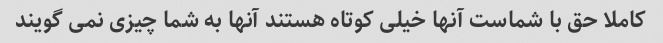
کاملا حق با شماست آنها خیلی کوتاه هستند آنها به شما چیزی نمی گویند